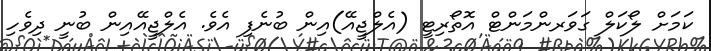
ކަމަށް ލޯކަލް ގަވަރންމަންޓް އޮތޯރިޓީ (އެލްޖީއޭ)އިން ބުނެފި އެވެ. އެލްޖީއޭއިން ބުނީ ދިވެހި